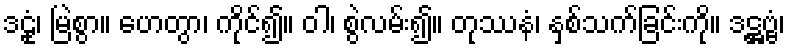
ဒဠုံ၊ မြဲစွာ။ ဟေတွာ၊ ကိုင်၍။ ဝါ၊ စွဲလမ်း၍။ တုဿနံ၊ နှစ်သက်ခြင်းကို။ ဒဋ္ဌဗ္ဗံ၊